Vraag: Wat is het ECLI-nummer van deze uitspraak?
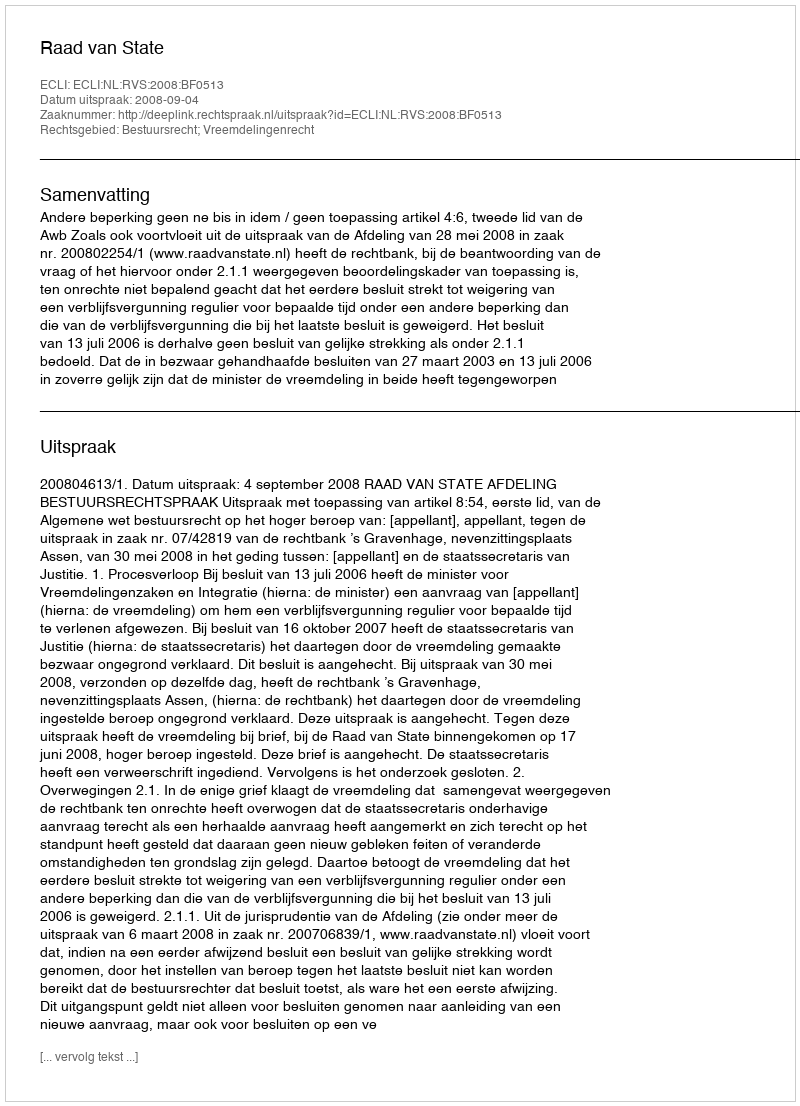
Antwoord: ECLI:NL:RVS:2008:BF0513